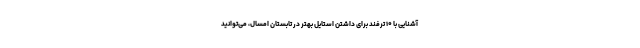
آشنایی با ۱۰ ترفند برای داشتن استایل بهتر در تابستان امسال، می‌توانید